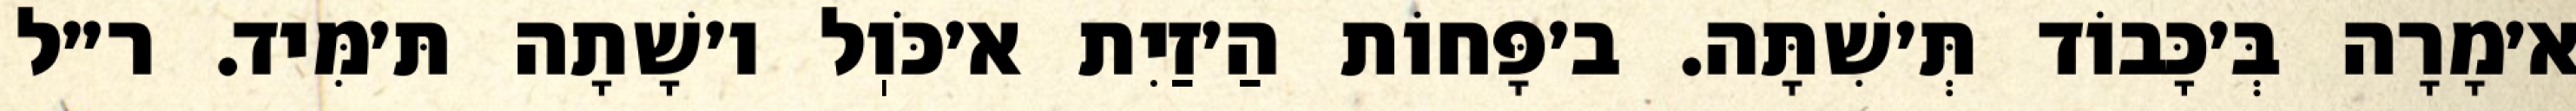
א׳מָרָה בְּ׳כָּבוֹד תְּ׳שִׁתָּה. ב׳פָּחוֹת הַ׳זַיִת א׳כֹּוֽל ו׳שָׁתָה תּ׳מִּיד. ר״ל